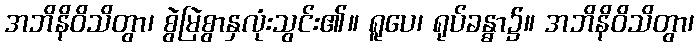
အဘိနိဝိသိတွာ၊ စွဲမြဲစွာနှလုံးသွင်း၏။ ရူပေ၊ ရုပ်ခန္ဓာ၌။ အဘိနိဝိသိတွာ၊